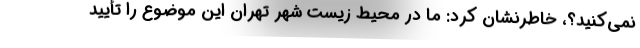
نمی‌کنید؟، خاطرنشان کرد: ما در محیط زیست شهر تهران این موضوع را تأیید